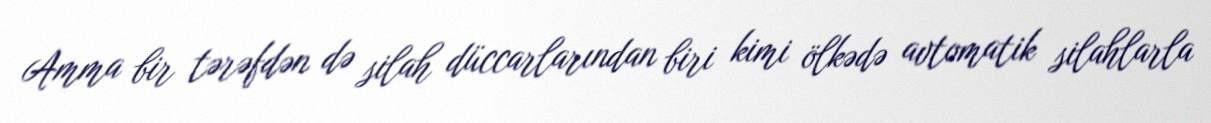
Amma bir tərəfdən də silah düccarlarından biri kimi ölkədə avtomatik silahlarla